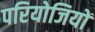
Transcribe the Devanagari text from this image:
परियोजियों